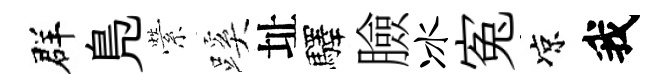
群鳬縈蹊址驛臉冰寃凉我